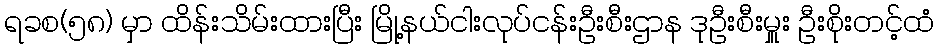
ရခစ(၅၈) မှာ ထိန်းသိမ်းထားပြီး မြို့နယ်ငါးလုပ်ငန်းဦးစီးဌာန ဒုဦးစီးမှူး ဦးစိုးတင့်ထံ